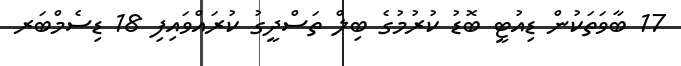
17 ބާވަތަކުން ޑިއުޓީ ބޮޑު ކުރުމުގެ ބިލް ތަސްދީގު ކުރައްވައިފި 18 ޑިސެމްބަރ